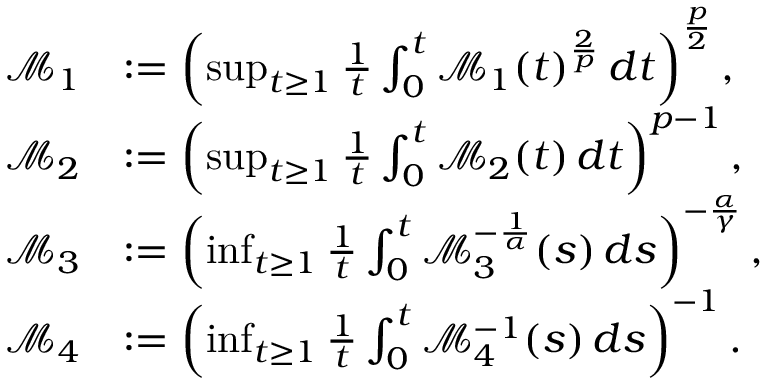
\begin{array} { r l } { \mathscr { M } _ { 1 } } & { : = \left( \operatorname* { s u p } _ { t \geq 1 } \frac { 1 } { t } \int _ { 0 } ^ { t } \mathcal { M } _ { 1 } ( t ) ^ { \frac 2 p } \, d t \right) ^ { \frac p 2 } , } \\ { \mathscr { M } _ { 2 } } & { : = \left( \operatorname* { s u p } _ { t \geq 1 } \frac { 1 } { t } \int _ { 0 } ^ { t } \mathcal { M } _ { 2 } ( t ) \, d t \right) ^ { p - 1 } , } \\ { \mathscr { M } _ { 3 } } & { : = \left( \operatorname* { i n f } _ { t \geq 1 } \frac { 1 } { t } \int _ { 0 } ^ { t } \mathcal { M } _ { 3 } ^ { - \frac { 1 } { \alpha } } ( s ) \, d s \right) ^ { - \frac { \alpha } { \gamma } } , } \\ { \mathscr { M } _ { 4 } } & { : = \left( \operatorname* { i n f } _ { t \geq 1 } \frac { 1 } { t } \int _ { 0 } ^ { t } \mathcal { M } _ { 4 } ^ { - 1 } ( s ) \, d s \right) ^ { - 1 } . } \end{array}